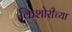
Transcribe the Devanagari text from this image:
किशोरीच्या